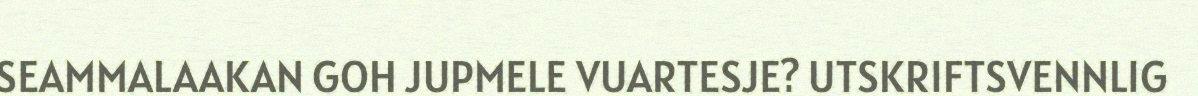
SEAMMALAAKAN GOH JUPMELE VUARTESJE? UTSKRIFTSVENNLIG